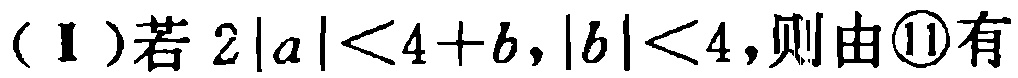
(Ⅰ)若\(2|a|<4 + b,|b|<4\),则由\textcircled{11}有